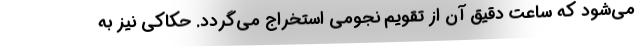
می‌شود که ساعت دقیق آن از تقویم نجومی استخراج می‌گردد. حکاکی نیز به